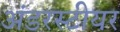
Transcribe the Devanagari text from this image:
अंडरस्टीयर